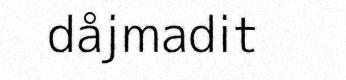
dåjmadit